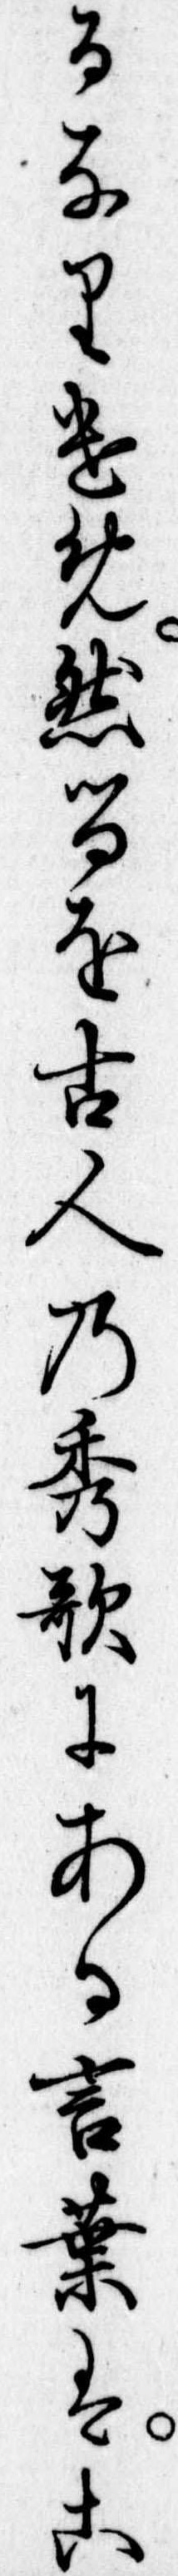
るなりけめ然るを古人の秀歌にある言葉はこ